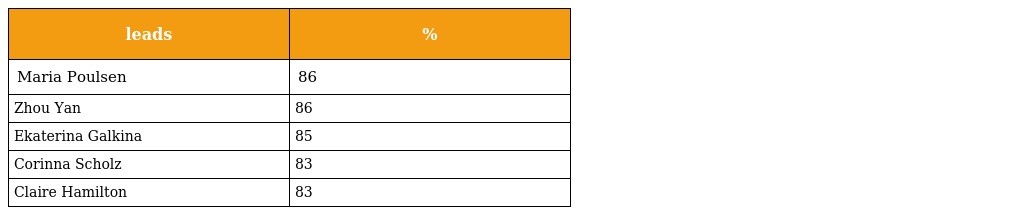
| leads | % |
 | --- | --- |
 | Maria Poulsen | 86 |
 | Zhou Yan | 86 |
 | Ekaterina Galkina | 85 |
 | Corinna Scholz | 83 |
 | Claire Hamilton | 83 |